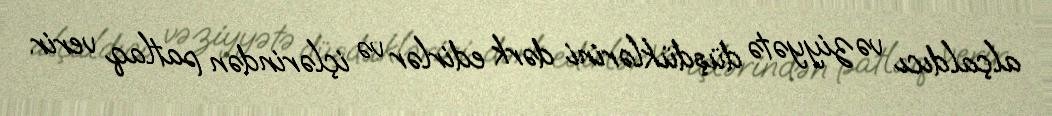
alçaldıcı vəziyyətə düşdüklərini dərk edirlər və içlərindən patlaq verir.